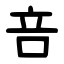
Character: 咅